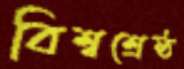
বিশ্বশ্রেষ্ঠ